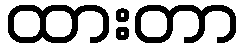
ထားတာ